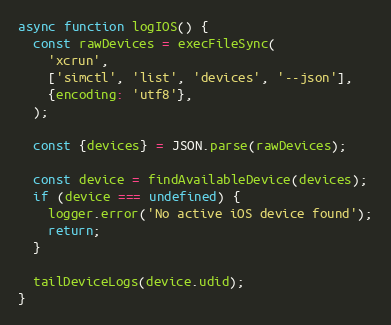
Language: JavaScript
async function logIOS() {
  const rawDevices = execFileSync(
    'xcrun',
    ['simctl', 'list', 'devices', '--json'],
    {encoding: 'utf8'},
  );

  const {devices} = JSON.parse(rawDevices);

  const device = findAvailableDevice(devices);
  if (device === undefined) {
    logger.error('No active iOS device found');
    return;
  }

  tailDeviceLogs(device.udid);
}